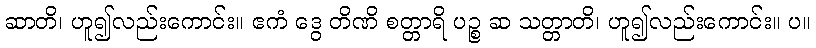
ဆာတိ၊ ဟူ၍လည်းကောင်း။ ဧကံ ဒွေ တိဏိ စတ္တာရိ ပဉ္စ ဆ သတ္တာတိ၊ ဟူ၍လည်းကောင်း။ ပ။